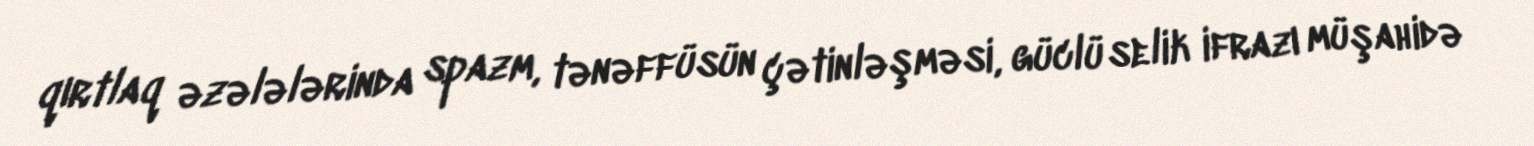
qırtlaq əzələlərinda spazm, tənəffüsün çətinləşməsi, güclü selik ifrazı müşahidə